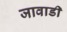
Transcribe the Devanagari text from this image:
जावाडी